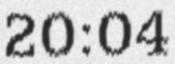
20:04